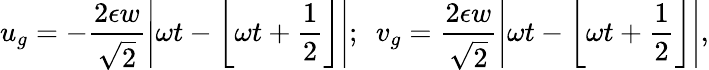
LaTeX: u_{g}=-\frac{2\epsilon w}{\sqrt{2}}\left|\omega t-\left\lfloor\omega t+\frac{1}{2}\right\rfloor\right|;\ \ v_{g}=\frac{2\epsilon w}{\sqrt{2}}\left|\omega t-\left\lfloor\omega t+\frac{1}{2}\right\rfloor\right|,